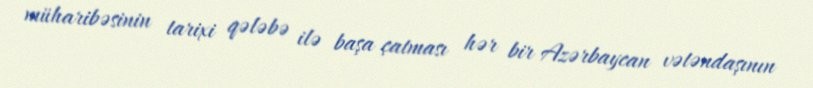
müharibəsinin tarixi qələbə ilə başa çatması hər bir Azərbaycan vətəndaşının